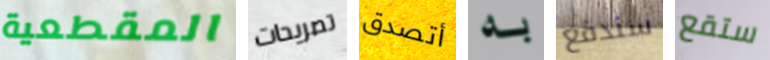
المقطعية تصريحات أتصدق به سندفع ستقع